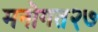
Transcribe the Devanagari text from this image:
मनोगत२७